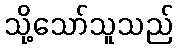
သို့သော်သူသည်